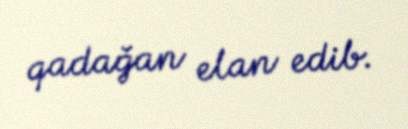
qadağan elan edib.